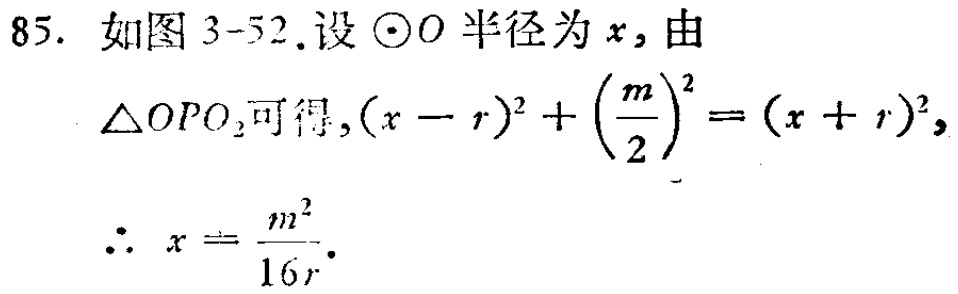
85. 如图 3-52.设 $\odot O$ 半径为 $x$, 由
$\triangle OPO_{2}$可得,$(x - r)^{2}+ \left(\frac{m}{2}\right)^{2}=(x + r)^{2}$,
$\therefore x = \frac{m^{2}}{16r}$.